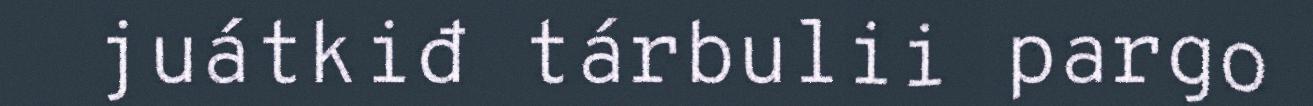
juátkiđ tárbulii pargo